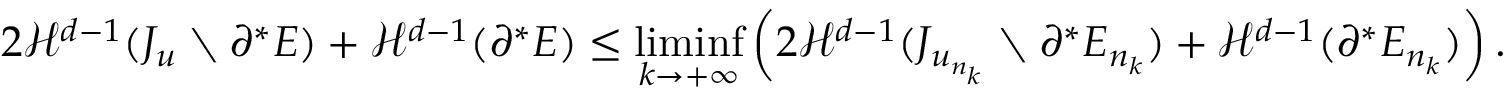
2 { \mathcal { H } } ^ { d - 1 } ( J _ { u } \setminus \partial ^ { * } E ) + { \mathcal { H } } ^ { d - 1 } ( \partial ^ { * } E ) \leq \operatorname* { l i m i n f } _ { k \to + \infty } \left( 2 { \mathcal { H } } ^ { d - 1 } ( J _ { u _ { n _ { k } } } \setminus \partial ^ { * } E _ { n _ { k } } ) + { \mathcal { H } } ^ { d - 1 } ( \partial ^ { * } E _ { n _ { k } } ) \right) .